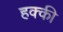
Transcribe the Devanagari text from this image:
हक्की